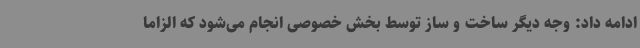
ادامه داد: وجه دیگر ساخت و ساز توسط بخش خصوصی انجام می‌شود که الزاماً